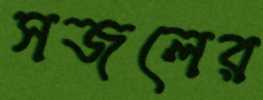
সজলের